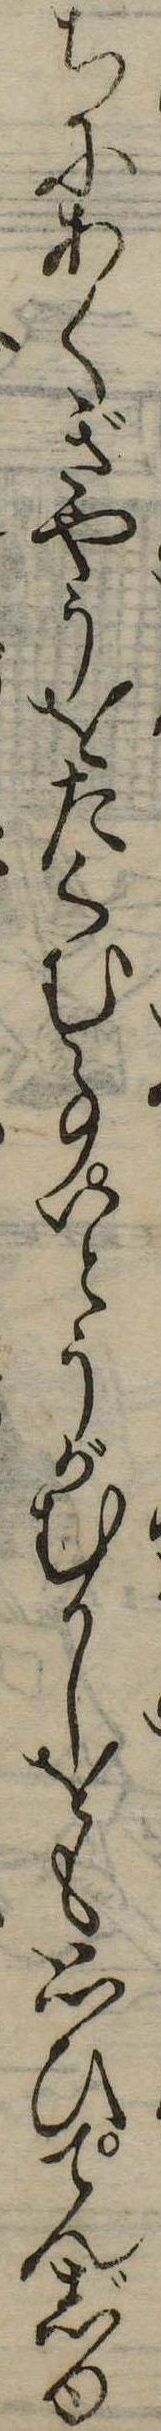
ちにあくぎやうをたくむ事いとうがむかしをも思ひてんじゆ